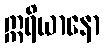
ဣရိယာနော